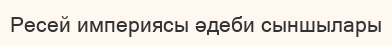
Ресей империясы әдеби сыншылары